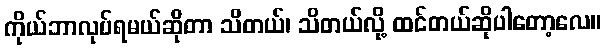
ကိုယ်ဘာလုပ်ရမယ်ဆိုတာ သိတယ်၊ သိတယ်လို့ ထင်တယ်ဆိုပါတော့လေ။